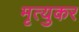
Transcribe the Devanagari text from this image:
मृत्युकर